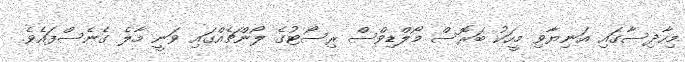
މިހާދިސާގައި އަނިޔާވި މީހަކު ބަރޮސް މޯލްޑިވްސް ރިސޯޓުގެ ލޯންޗެއްގައި ވަނީ މާލެ ގެނެސްފައެވެ.